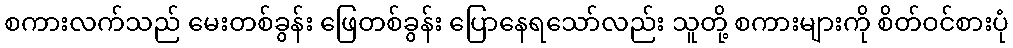
စကားလက်သည် မေးတစ်ခွန်း ဖြေတစ်ခွန်း ပြောနေရသော်လည်း သူတို့ စကားများကို စိတ်ဝင်စားပုံ